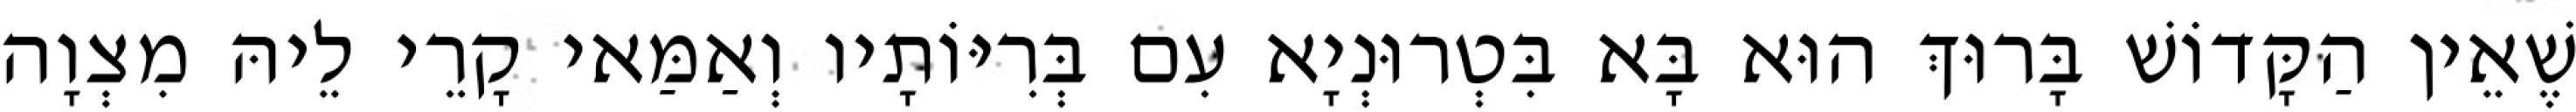
שֶׁאֵין הַקָּדוֹשׁ בָּרוּךְ הוּא בָּא בִּטְרוּנְיָא עִם בְּרִיּוֹתָיו וְאַמַּאי קָרֵי לֵיהּ מִצְוָה